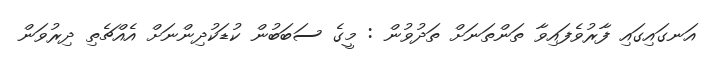
އަނގައިގައި ފާރުވެފައިވާ ތަންތަނަށް ތަދުވުން : މީގެ ސަބަބުން ކުޑަކުދިންނަށް އެއްޗެތި ދިރުވަން